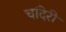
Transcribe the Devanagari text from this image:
चांदेरी